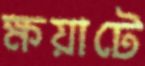
ক্ষয়াটে